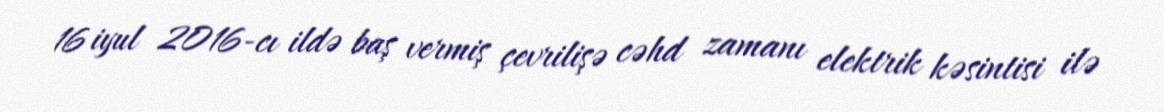
16 iyul 2016-cı ildə baş vermiş çevrilişə cəhd zamanı elektrik kəsintisi ilə